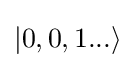
|0,0,1...\rangle